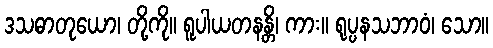
ဒသဓာတုယော၊ တို့ကို။ ရူပါယတနန္တိ၊ ကား။ ရုပ္ပနသဘာဝံ၊ သော။